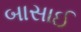
બાસાઈ